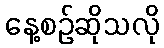
နေ့စဉ်ဆိုသလို